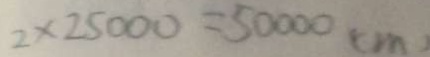
2 \times 2 5 0 0 0 = 5 0 0 0 0 c m